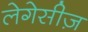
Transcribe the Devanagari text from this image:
लेगेसीज़